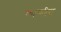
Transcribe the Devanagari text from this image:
काश्मीरा